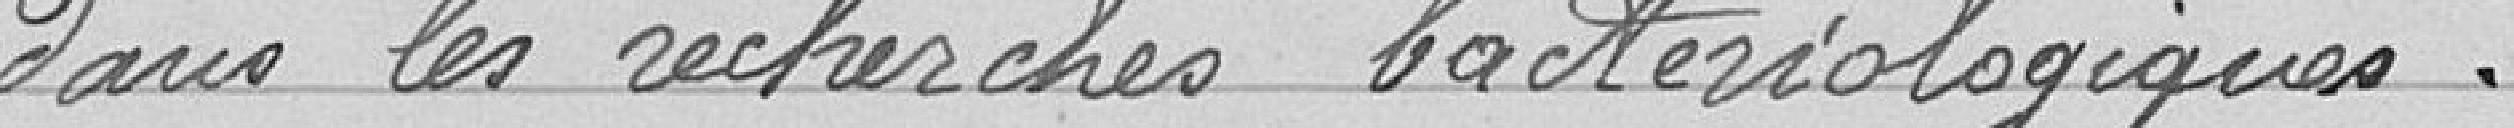
dans les recherches bactériologiques.